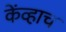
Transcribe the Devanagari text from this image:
केंव्हाच